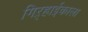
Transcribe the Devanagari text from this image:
गिऱ्हाईकाला